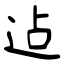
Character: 迠